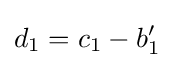
d_{1}=c_{1}-b_{1}'